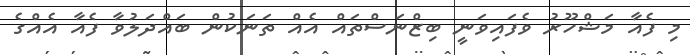
މި ފެއާ މަޝްހޫރު ވެފައިވަނީ ބިޒްނަސްތައް އެއް ތަނަކުން ބައްދަލުވާ ފެއާ އެއްގެ